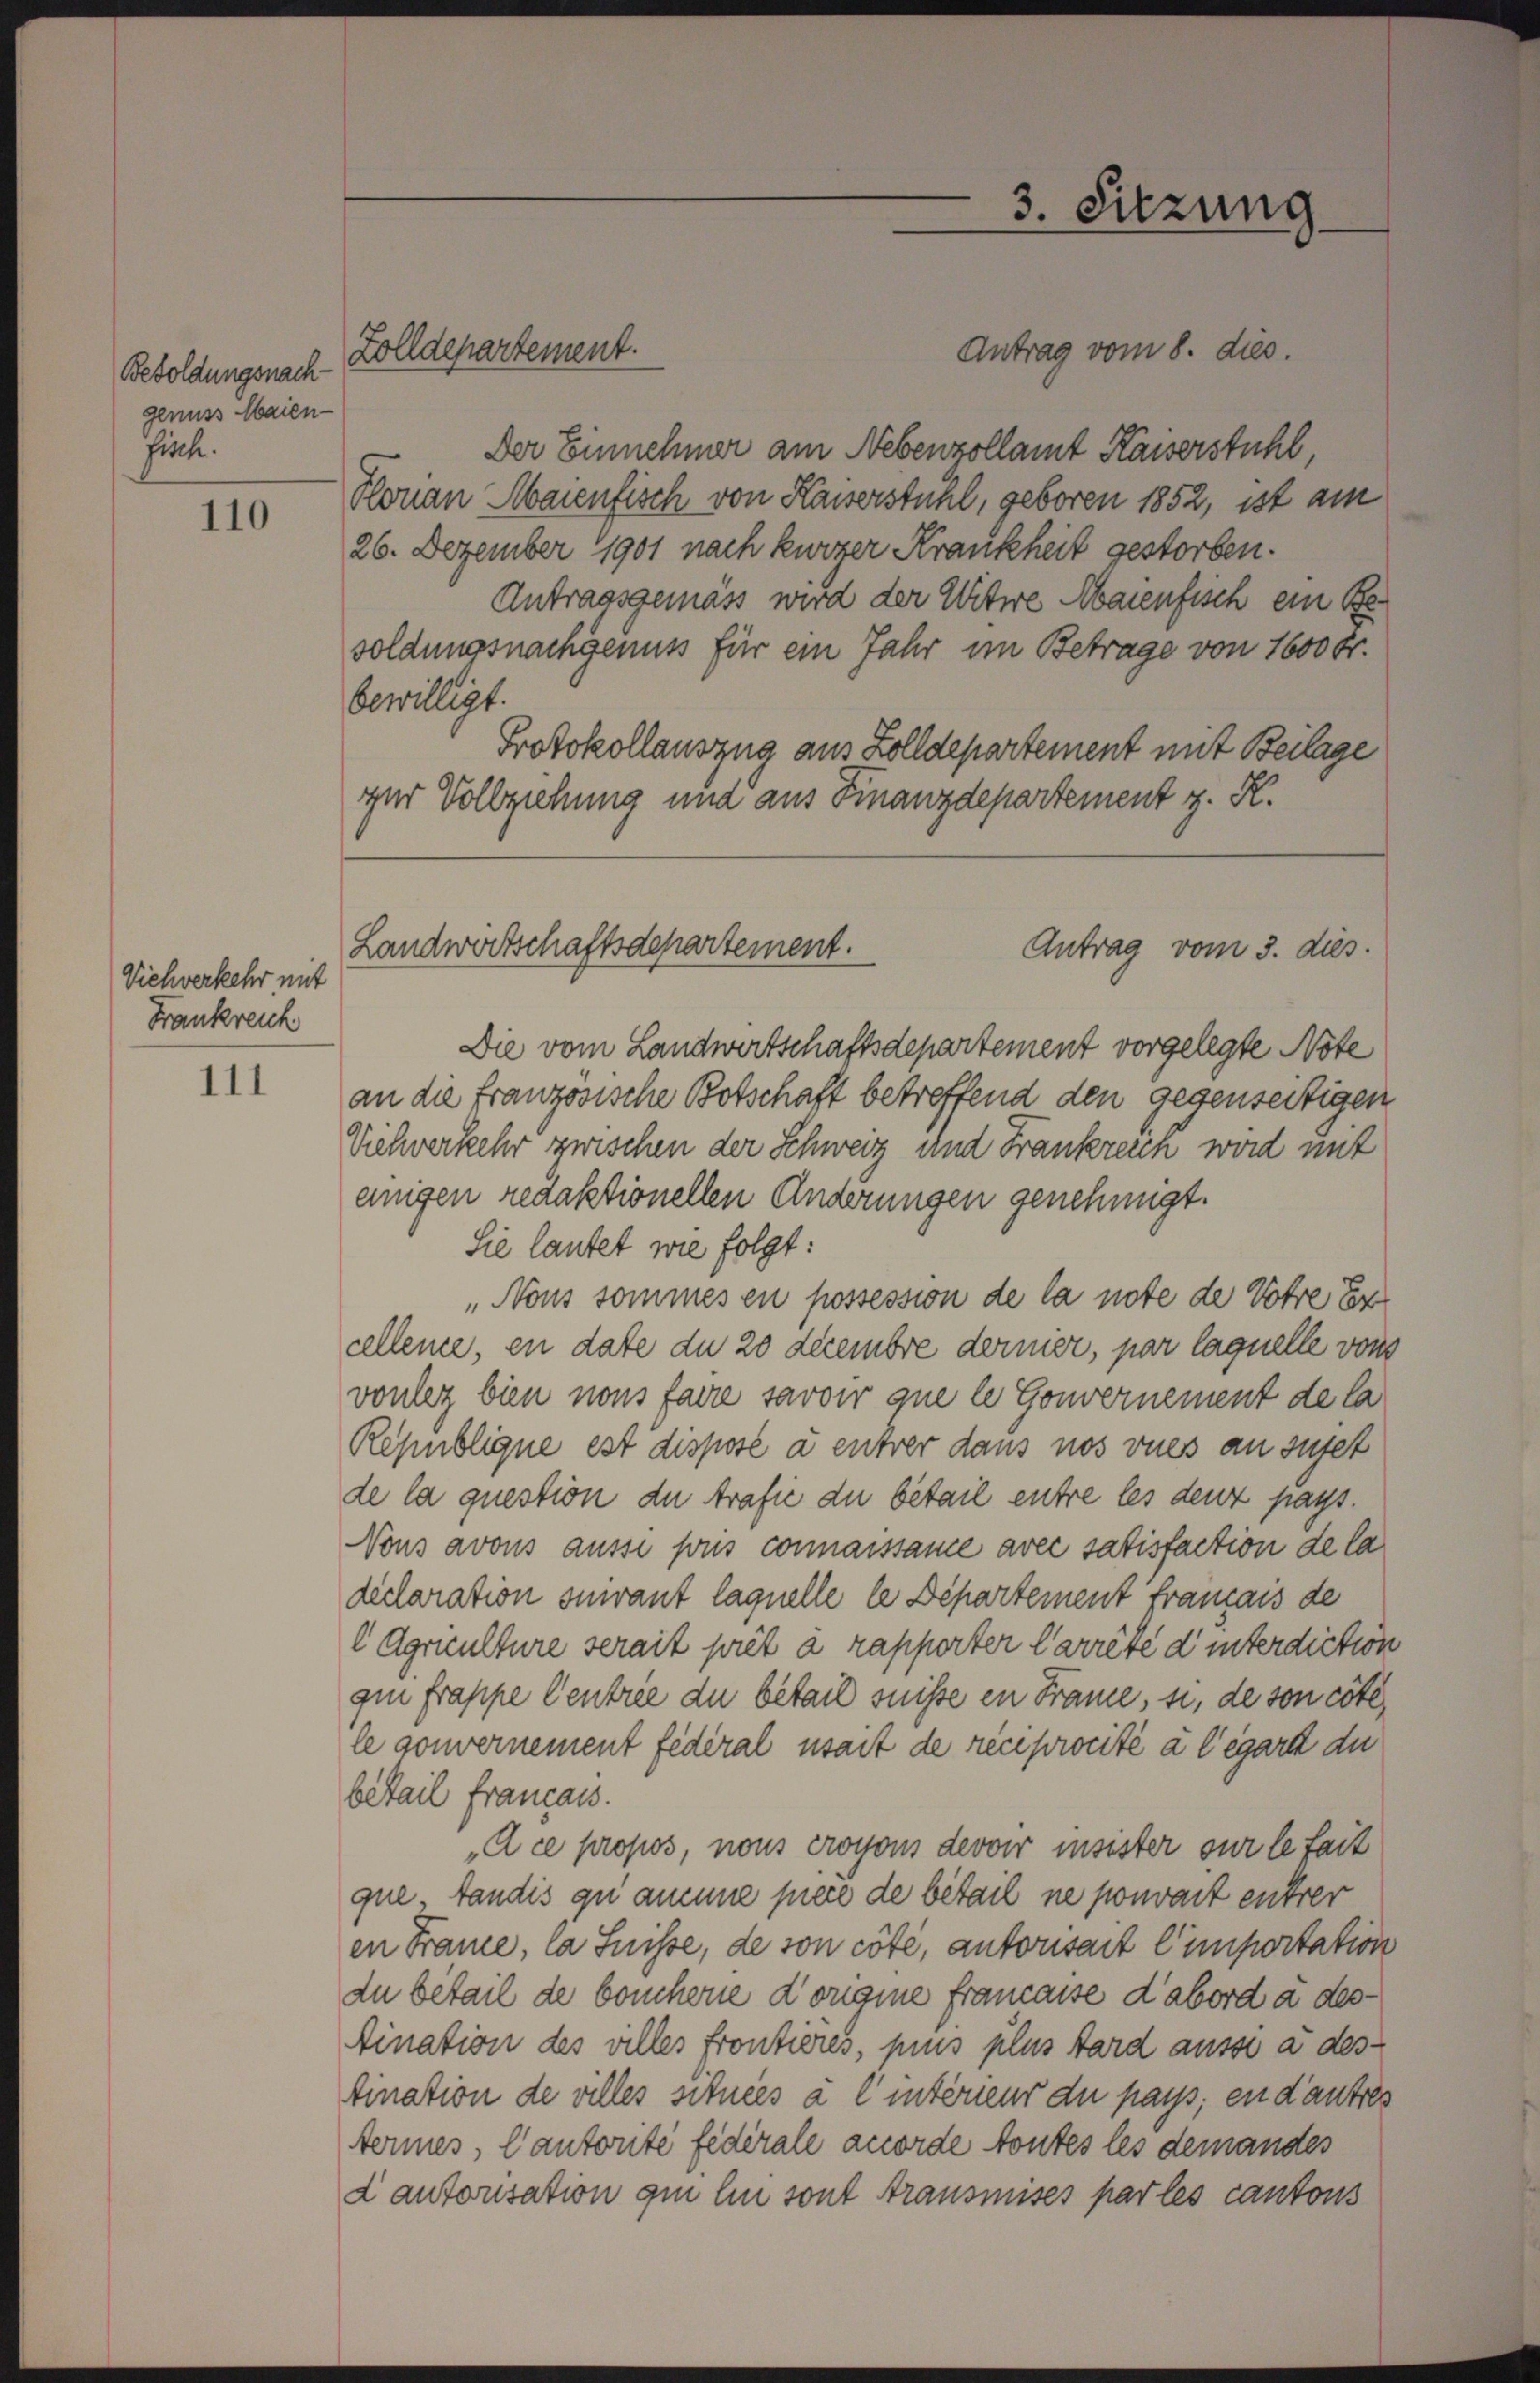
Besoldungsnachgenuss Maien-
fische.

110

Viehverkehr mit
Frankreich

111

Antrag vom 8. dies.
Der Einnehmer am Nebenzollamt Kaiserstuhl,
Hlorian Maienfisch von Kaiserstuhl, geboren 1852, ist am
26. Dezember 1901 nach kurzer Krankheit gestorben.
Antragsgemäss wird der Witwe Maienfisch ein Besoldungsnachgenuss für ein Jahr im Betrage von 1600 fr.
bewilligt.
Protokollauszug aus Zolldepartement mit Beilage
zur Vollziehung und aus Finanzdepartement z. R.

Zolldepartement.

3. Sitzung

Landwirtschaftsdepartement.
Antrag vom 3. dies

Die vom Landwertschaftsdepartement vorgelegte Note
an die französische Botschaft betreffend den gegenseitigen
Viehwerkehr zwischen der Schweiz und Frankreich wird mit
einigen redaktionellen Änderungen genehmigt.
Sie lautet wie folgt:
Nous sommes en possession de la note de Votre ter
cellence, en date du 20 decembre dernier, par laquelle von
vonlez bien nous faire savoir que le Gouvernement de la
Republique est dispose à entrer daus nos vues an suset
de la question de trafie du bétail entre les denz pays.
Vons avous ausse pris connaissame avec satisfaction de la
declaration suivant laquelle le Departement français de
 Agriculture serait prêt à rapporter Carrêté d’ interdiction
gin frappe Centree du bétail suisse en France, si, de son cote,
le gouvernement fédéral weit de reciprocité à l’égart du
betail francais.
Ace propos, nous croyons devoir insister sur le fait
que, fandis qui aucune pere de betail ne pouvait entrer
en France, la Suisse, de son côté, autorisant l’importation
du bétail de bouchere d’origine Francasse d’abord a destination des villes frontieres, plus plus tard ausse a destination de villes situées à l’intérieur du pays, en d’autres
termes, Cantorité fédérale accorde toutes les demandes
dantonsation qui lin sont transmises par les cantons